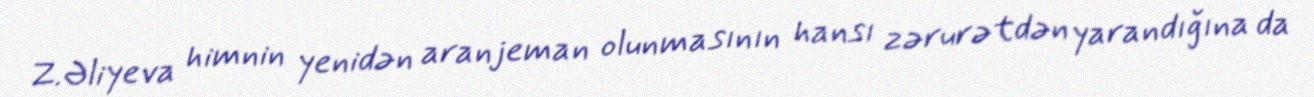
Z.Əliyeva himnin yenidən aranjeman olunmasının hansı zərurətdən yarandığına da